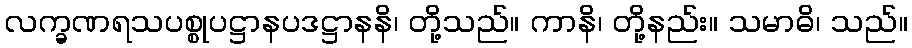
လက္ခဏရသပစ္စုပဋ္ဌာနပဒဋ္ဌာနနိ၊ တို့သည်။ ကာနိ၊ တို့နည်း။ သမာဓိ၊ သည်။